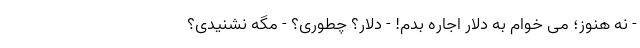
- نه هنوز؛ می خوام به دلار اجاره بدم! - دلار؟ چطوری؟ - مگه نشنیدی؟